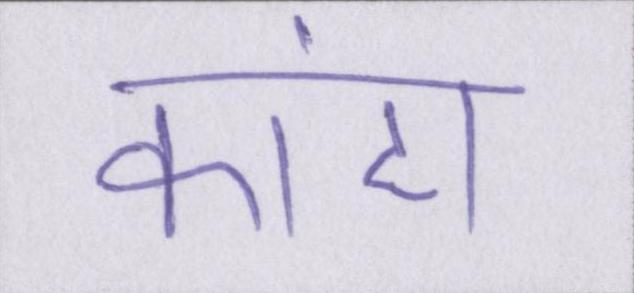
कांटा